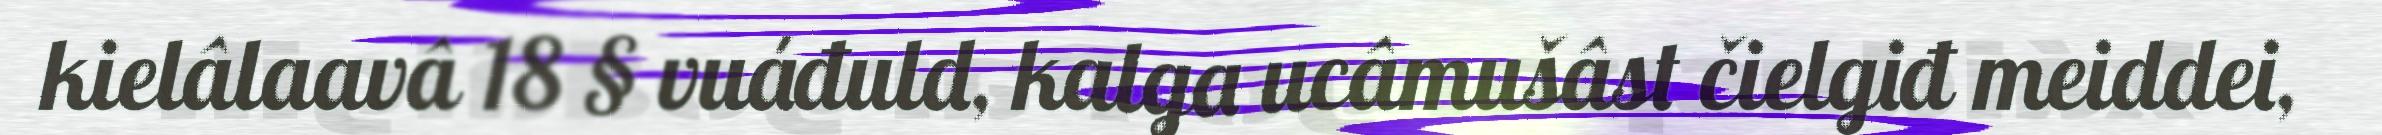
kielâlaavâ 18 § vuáđuld, kalga ucâmušâst čielgiđ meiddei,